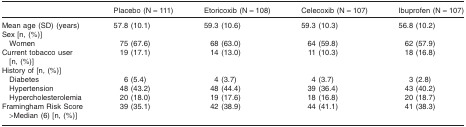
|  | Placebo (N = 111) | Etoricoxib (N = 108) | Celecoxib (N = 107) | Ibuprofen (N = 107) |
 | --- | --- | --- | --- | --- |
 | Mean age (SD) (years) | 57.8 (10.1) | 59.3 (10.6) | 59.3 (10.3) | 56.8 (10.2) |
 | <COLSPAN=5> Sex [n, (%)] |
 | Women | 75 (67.6) | 68 (63.0) | 64 (59.8) | 62 (57.9) |
 | Current tobacco user [n, (%)] | 19 (17.1) | 14 (13.0) | 11 (10.3) | 18 (16.8) |
 | <COLSPAN=5> History of [n, (%)] |
 | Diabetes | 6 (5.4) | 4 (3.7) | 4 (3.7) | 3 (2.8) |
 | Hypertension | 48 (43.2) | 48 (44.4) | 39 (36.4) | 43 (40.2) |
 | Hypercholesterolemia | 20 (18.0) | 19 (17.6) | 18 (16.8) | 20 (18.7) |
 | Framingham Risk Score >Median (6) [n, (%)] | 39 (35.1) | 42 (38.9) | 44 (41.1) | 41 (38.3) |